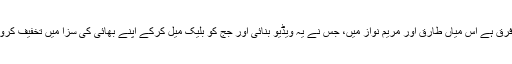
کیا فرق ہے اس میاں طارق اور مریم نواز میں، جس نے یہ ویڈیو بنائی اور جج کو بلیک میل کرکے اپنے بھائی کی سزا میں تخفیف کروائی۔